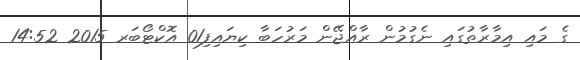
ގެ މައި އިމާރާތުގައި ނެގުމުން ރާއްޖޭން މަރުހަބާ ކިޔައިފި01 އޮކްޓޯބަރ 2015 14:52